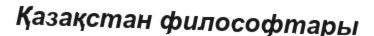
Қазақстан философтары